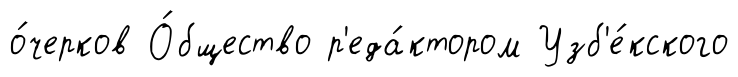
о́черков О́бщество р'еда́ктором Узб'е́кского